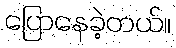
ပြောနေခဲ့တယ်။